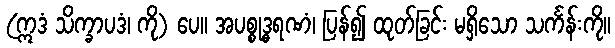
(ဣဒံ သိက္ခာပဒံ၊ ကို) ပေ။ အပစ္စုဒ္ဓရဏံ၊ ပြန်၍ ထုတ်ခြင်း မရှိသော သင်္ကန်းကို။